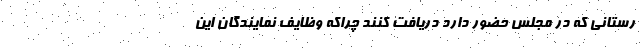
رستانی که در مجلس حضور دارد دریافت کنند چراکه وظایف نمایندگان این